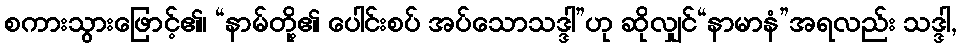
စကားသွားဖြောင့်၏၊ “နာမ်တို့၏ ပေါင်းစပ် အပ်သောသဒ္ဒါ”ဟု ဆိုလျှင်“နာမာနံ”အရလည်း သဒ္ဒါ,